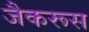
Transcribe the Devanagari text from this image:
जैकरूस